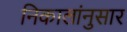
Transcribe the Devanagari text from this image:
निकालांनुसार